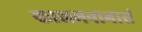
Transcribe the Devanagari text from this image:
कालमनाभासं